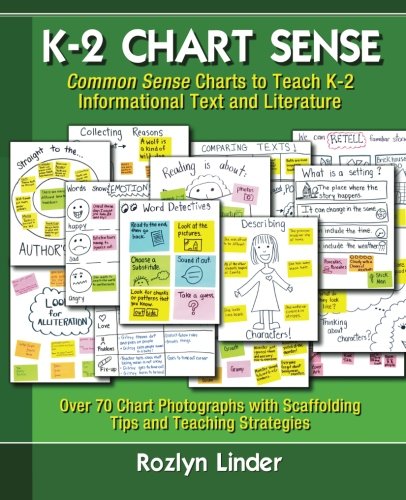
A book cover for K-2 Chart Sense: Common Sense Charts to Teach K-2 Informational Text and Literature; Rozlyn Linder Ph.D.; Education & Teaching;